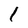
Character: l